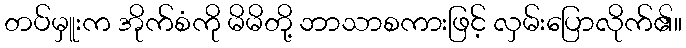
တပ်မှူးက အိုက်စံကို မိမိတို့ ဘာသာစကားဖြင့် လှမ်းပြောလိုက်၏။